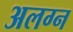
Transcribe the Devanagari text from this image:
अलग्न